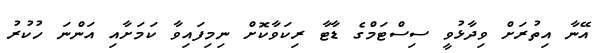
އޭނާ އިތުރަށް ވިދާޅުވީ ސިސްޓަމްގެ ޑާޓާ ރިކަވާކޮށް ނިމިފައިވާ ކަމަށާއި އަންނަ ހުކުރު